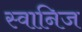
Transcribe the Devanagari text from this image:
स्वानिज